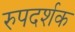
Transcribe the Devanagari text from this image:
रुपदर्शक